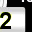
Digit: 2